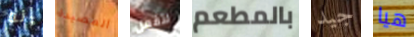
إنه المصيدة لتفعل بالمطعم جيد هيا